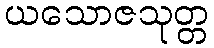
ယသောဇသုတ္တ